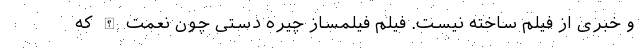
و خبری از فیلم ساخته نیست. فیلم فیلمساز چیره دستی چون نعمت الله که